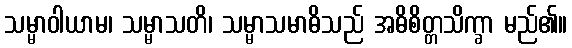
သမ္မာဝါယာမ၊ သမ္မာသတိ၊ သမ္မာသမာဓိသည် အဓိစိတ္တသိက္ခာ မည်၏။